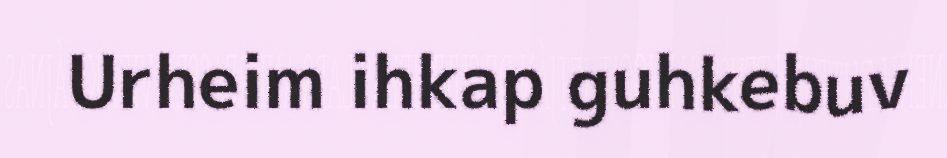
Urheim ihkap guhkebuv